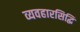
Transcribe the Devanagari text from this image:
व्यवहारसिद्धि